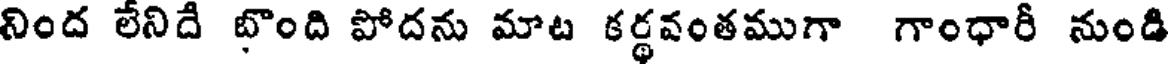
నింద లేనిదే బొంది పోదను మాట కర్థవంతముగా గాంధారీ నుండి